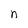
Character: n